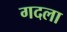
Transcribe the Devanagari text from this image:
गदला